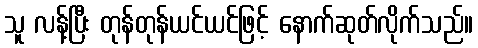
သူ လန့်ပြီး တုန်တုန်ယင်ယင်ဖြင့် နောက်ဆုတ်လိုက်သည်။